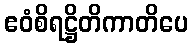
ဧဝံစိရဋ္ဌိတိကာတိပေ